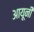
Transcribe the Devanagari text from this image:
आयूनी